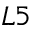
L 5